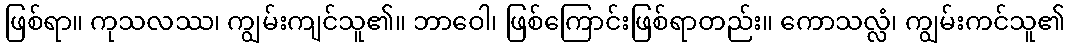
ဖြစ်ရာ။ ကုသလဿ၊ ကျွမ်းကျင်သူ၏။ ဘာဝေါ၊ ဖြစ်ကြောင်းဖြစ်ရာတည်း။ ကောသလ္လံ၊ ကျွမ်းကင်သူ၏